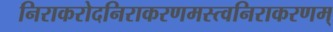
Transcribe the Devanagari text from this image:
निराकरोदनिराकरणमस्त्वनिराकरणम्